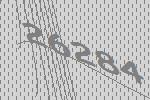
26284